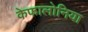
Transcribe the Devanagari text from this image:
केफालोनिया